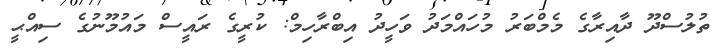
ތުލުސްދޫ ދާއިރާގެ މެމްބަރު މުހައްމަދު ވަހީދު އިބްރާހިމް: ކުރީގެ ރައީސް މައުމޫނުގެ ސިއްޙީ